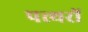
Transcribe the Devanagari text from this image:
पत्त्थरों